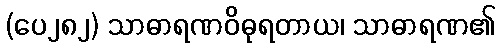
(ပေ၂၈၂) သာဓာရဏဝိဓုရတာယ၊ သာဓာရဏ၏